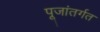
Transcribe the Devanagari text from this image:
पूजांतर्गत